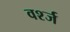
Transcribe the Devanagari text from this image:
वर्श्ज